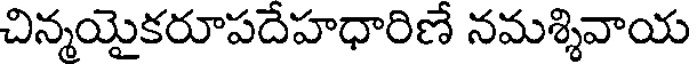
చిన్మయైకరూపదేహధారిణే నమశ్శివాయ